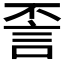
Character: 𰴪